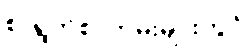
စာရွက်စာတမ်းများတွင်